Scientific memoirs by medical officers of the Army of India - Part V,
Year: 1890
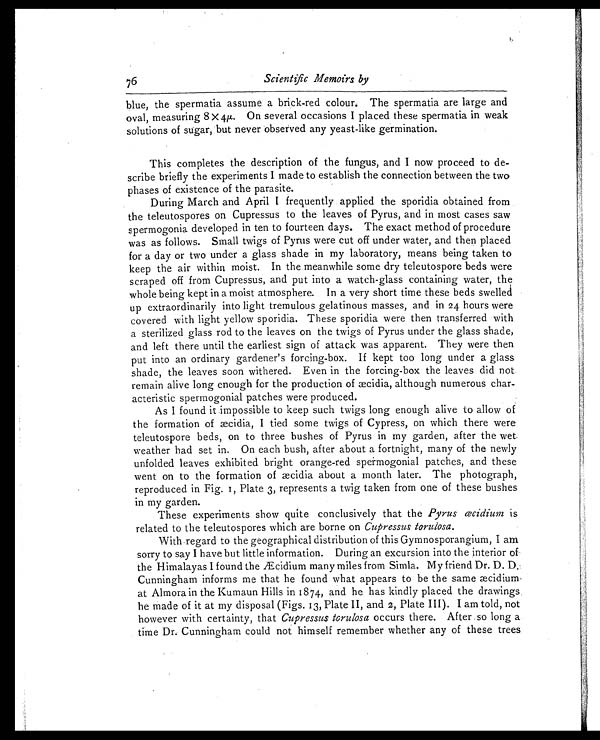
76
Scientific Memoirs by
blue, the spermatia assume a brick-red colour. The spermatia are large and
oval, measuring 8x4µ. On several occasions I placed these spermatia in weak
solutions of sugar, but never observed any yeast-like germination.
This completes the description of the fungus, and I now proceed to de
- s c r i b e b r i e f l y t h e e x p e r i m e n t s I m a d e t o e s t a b l i s h t h e c o n n e c t i o n b e t w e e n t h e t w o
phases of existence of the parasite.
During March and April I frequently applied the sporidia obtained from
the teleutospores on Cupressus to the leaves of Pyrus, and in most cases saw
spermogonia developed in ten to fourteen days. The exact method of procedure
was as follows. Small twigs of Pyrus were cut off under water, and then placed
for a day or two under a glass shade in my laboratory, means being taken to
keep the air within moist. In the meanwhile some dry teleutospore beds were
scraped off from Cupressus, and put into a watch-glass containing water, the
whole being kept in a moist atmosphere. In a very short time these beds swelled
up extraordinarily into light tremulous gelatinous masses, and in 24 hours were
covered wi t h l i ght yel l ow spori di a. These spori di a were t hen t ransferred wi t h
a sterilized glass rod to the leaves on the twigs of Pyrus under the glass shade,
and left there until the earliest sign of attack was apparent. They were then
put into an ordinary gardener's forcing-box. If kept too long under a glass
shade, the leaves soon withered. Even in the forcing-box the leaves did not
remain alive long enough for the production of æcidia, although numerous char
-acteristic spermogonial patches were produced.
As I found it impossible to keep such twigs long enough alive to allow of
the formation of æcidia, I tied some twigs of Cypress, on which there were
teleutospore beds, on to three bushes of Pyrus in my garden, after the wet
weather had set in. On each bush, after about a fortnight, many of the newly
unfolded leaves exhibited bright orange-red spermogonial patches, and these
went on to the formati on of æci di a about a month l ater. The photograph,
reproduced in Fig. 1, Plate 3, represents a twig taken from one of these bushes
in my garden.
These experiments show quite conclusively that the Pyrus œcidium is
related to the teleutospores which are borne on Cupressus torulosa.
With regard to the geographical distribution of this Gymnosporangium, I am
sorry to say I have but little information. During an excursion into the interior of
the Himalayas I found the Æcidium many miles from Simla. My friend Dr. D. D.
Cunningham informs me that he found what appears to be the same æcidium,
at Almora in the Kumaun Hills in 1874, and he has kindly placed the drawings
he made of i t at my di sposal (Fi gs. 13, Pl ate II, and 2, Pl ate III). I am tol d, not
however with certainty, that Cupressus torulosa occurs there. After so long a
time Dr. Cunningham could not himself remember whether any of these trees